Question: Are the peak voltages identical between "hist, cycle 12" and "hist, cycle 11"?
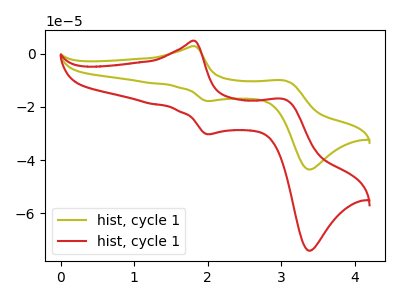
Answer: <think>The olive curve "hist, cycle 11" has anodic peaks at (1.80V, 2.85uA) (3.05V, -10.10uA) and cathodic peaks at (2.00V, -17.80uA) (3.40V, -43.55uA). The red curve "hist, cycle 12" has anodic peaks at (1.80V, 4.85uA) (3.05V, -17.15uA) and cathodic peaks at (2.00V, -30.25uA) (3.40V, -74.05uA).</think>
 <answer>Yes, "hist, cycle 12" have a peak in "hist, cycle 11" at the same potential.</answer>
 <eval>match</eval>